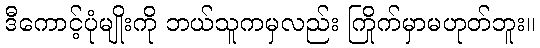
ဒီကောင့်ပုံမျိုးကို ဘယ်သူကမှလည်း ကြိုက်မှာမဟုတ်ဘူး။